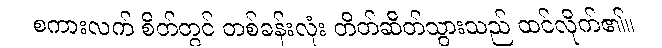
စကားလက် စိတ်တွင် တစ်ခန်းလုံး တိတ်ဆိတ်သွားသည် ထင်လိုက်၏။